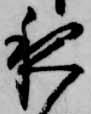
夜